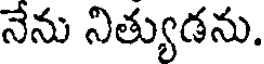
నేను నిత్యుడను.